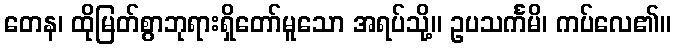
တေန၊ ထိုမြတ်စွာဘုရားရှိတော်မူသော အရပ်သို့။ ဥပသင်္ကမိ၊ ကပ်လေ၏။